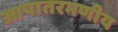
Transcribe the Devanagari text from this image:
आपातरमणीय